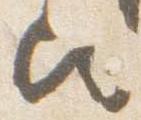
歟